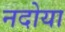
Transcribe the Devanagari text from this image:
नदोया